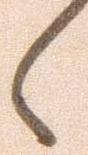
く